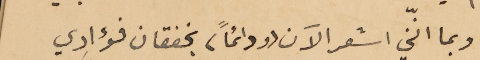
وبما انّني اشعر الآن (ودائماً) بخفقان فؤادي